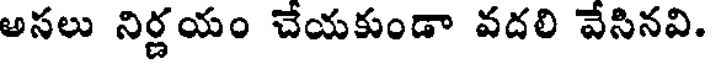
అసలు నిర్ణయం చేయకుండా వదలి వేసినవి.